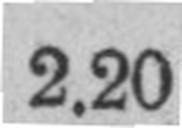
2.20